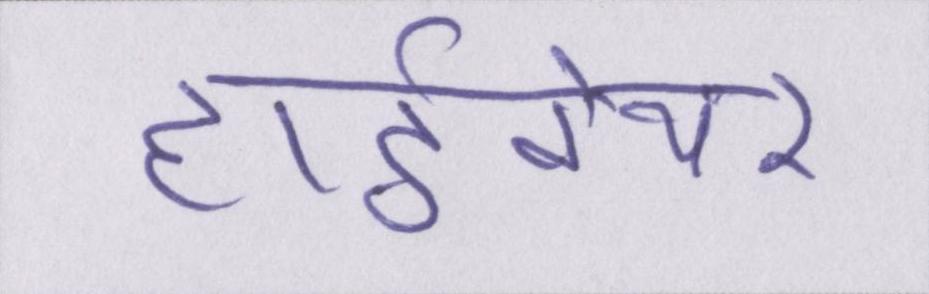
हार्डवेयर